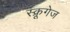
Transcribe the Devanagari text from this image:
स्क्रूगेज